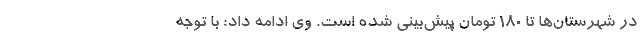
در شهرستان‌ها تا ۱۸۰ تومان پیش‌بینی شده است. وی ادامه داد: با توجه